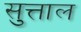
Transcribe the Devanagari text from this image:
सुत्ताल